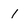
Character: I